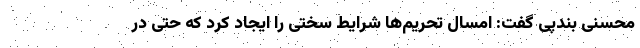
محسنی بندپی گفت: امسال تحریم‌ها شرایط سختی را ایجاد کرد که حتی در